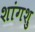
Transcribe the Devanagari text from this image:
शांगशु